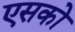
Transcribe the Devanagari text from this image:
एसको